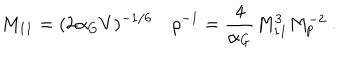
LaTeX: M _ { 1 1 } = ( 2 \alpha _ { G } V ) ^ { - 1 / 6 } \quad \rho ^ { - 1 } = { \frac { 4 } { \alpha _ { G } } } M _ { 1 1 } ^ { 3 } M _ { p } ^ { - 2 } \ .